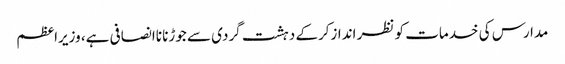
مدارس کی خدمات کو نظر اندازکرکے دہشت گردی سے جوڑنا ناانصافی ہے، وزیراعظم